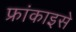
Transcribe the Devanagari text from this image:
फ्रांकाइसे